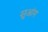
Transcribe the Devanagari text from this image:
सुआंग